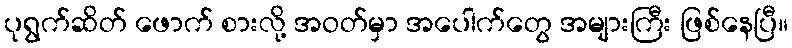
ပုရွက်ဆိတ် ဖောက် စားလို့ အဝတ်မှာ အပေါက်တွေ အများကြီး ဖြစ်နေပြီ။